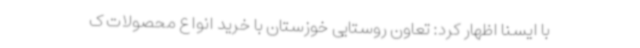
با ایسنا اظهار کرد: تعاون روستایی خوزستان با خرید انواع محصولات ک